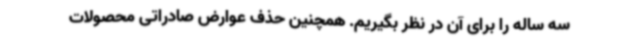
سه ساله را برای آن در نظر بگیریم. همچنین حذف عوارض صادراتی محصولات